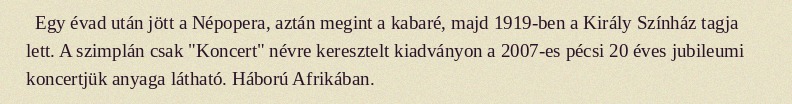
Egy évad után jött a Népopera, aztán megint a kabaré, majd 1919-ben a Király Színház tagja lett. A szimplán csak "Koncert" névre keresztelt kiadványon a 2007-es pécsi 20 éves jubileumi koncertjük anyaga látható. Háború Afrikában.